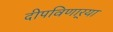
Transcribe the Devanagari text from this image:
दीपविणार्‍या